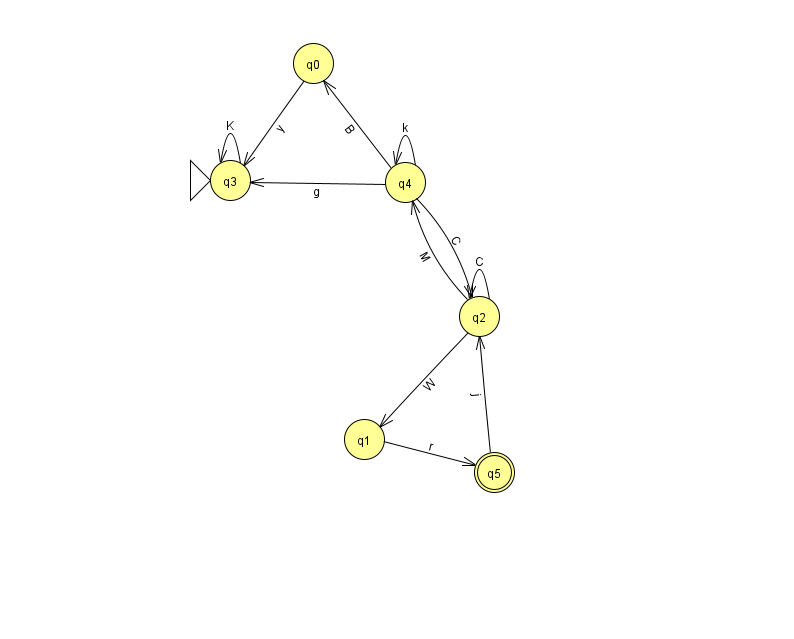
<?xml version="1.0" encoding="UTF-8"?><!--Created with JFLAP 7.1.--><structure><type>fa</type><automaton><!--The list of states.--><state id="0" name="q0"><x>313.0</x><y>50.0</y></state><state id="1" name="q1"><x>364.0</x><y>426.0</y></state><state id="2" name="q2"><x>479.0</x><y>303.0</y></state><state id="3" name="q3"><x>230.0</x><y>167.0</y><initial/></state><state id="4" name="q4"><x>405.0</x><y>169.0</y></state><state id="5" name="q5"><x>494.0</x><y>459.0</y><final/></state><!--The list of transitions.--><transition><from>4</from><to>0</to><read>B</read></transition><transition><from>2</from><to>2</to><read>C</read></transition><transition><from>4</from><to>2</to><read>C</read></transition><transition><from>0</from><to>3</to><read>y</read></transition><transition><from>1</from><to>5</to><read>r</read></transition><transition><from>2</from><to>1</to><read>W</read></transition><transition><from>4</from><to>3</to><read>g</read></transition><transition><from>2</from><to>4</to><read>M</read></transition><transition><from>3</from><to>3</to><read>K</read></transition><transition><from>4</from><to>4</to><read>k</read></transition><transition><from>5</from><to>2</to><read>j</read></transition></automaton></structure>